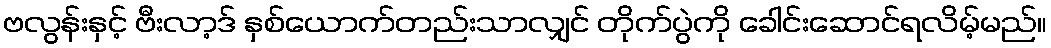
ဗလွန်းနှင့် ဗီးလာ့ဒ် နှစ်ယောက်တည်းသာလျှင် တိုက်ပွဲကို ခေါင်းဆောင်ရလိမ့်မည်။